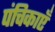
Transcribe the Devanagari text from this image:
पंचिकाएँ